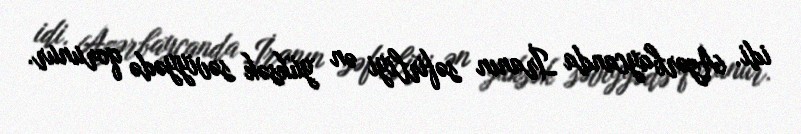
idi. Azərbaycanda İranın səfirliyi ən yüksək səviyyədə qorunur.